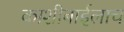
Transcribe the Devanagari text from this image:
काशीबाईलाच